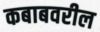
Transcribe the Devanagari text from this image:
कबाबवरील